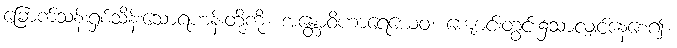
ခြောက်သန်းရှစ်သိန်းသောရဟန်းတို့ကို။ အန္တောဝိဟာရေယေဝ၊ ကျောင်းတွင်း၌သာလျှင်နေစေ၍။